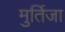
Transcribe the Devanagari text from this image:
मुर्तिजा